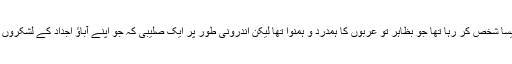
اسے شکست دی تو اپنے ہی اندر اُٹھنے والی بغاوت نے کہ جس کی سربراہی ایک ایسا شخص کر رہا تھا جو بظاہر تو عربوں کا ہمدرد و ہمنوا تھا لیکن اندرونی طور پر ایک صلیبی کہ جو اپنے آباؤ اجداد کے لشکروں کی ہزیمت کا بدلہ چکانے یہاں آیا تھا اور افسوس صد افسوس کہ وہ کامیاب بھی ہوا۔